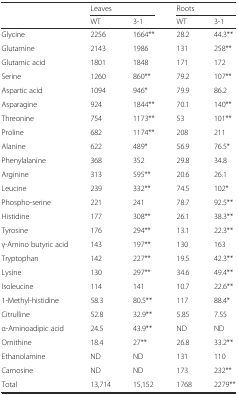
|  | <COLSPAN=2> Leaves | <COLSPAN=2> Roots |
 |  | WT | 3-1 | WT | 3-1 |
 | --- | --- | --- | --- | --- |
 | Glycine | 2256 | 1664** | 28.2 | 44.3** |
 | Glutamine | 2143 | 1986 | 131 | 258** |
 | Glutamic acid | 1801 | 1848 | 171 | 172 |
 | Serine | 1260 | 860** | 79.2 | 107** |
 | Aspartic acid | 1094 | 946* | 79.9 | 86.2 |
 | Asparagine | 924 | 1844** | 70.1 | 140** |
 | Threonine | 754 | 1173** | 53 | 101** |
 | Proline | 682 | 1174** | 208 | 211 |
 | Alanine | 622 | 489* | 56.9 | 76.5* |
 | Phenylalanine | 368 | 352 | 29.8 | 34.8 |
 | Arginine | 313 | 595** | 20.6 | 26.1 |
 | Leucine | 239 | 332** | 74.5 | 102* |
 | Phospho-serine | 221 | 241 | 78.7 | 92.5** |
 | Histidine | 177 | 308** | 26.1 | 38.3** |
 | Tyrosine | 176 | 294** | 13.1 | 22.3** |
 | γ-Amino butyric acid | 143 | 197** | 130 | 163 |
 | Tryptophan | 142 | 227** | 19.5 | 42.3** |
 | Lysine | 130 | 297** | 34.6 | 49.4** |
 | Isoleucine | 114 | 141 | 10.7 | 22.6** |
 | 1-Methyl-histidine | 58.3 | 80.5** | 117 | 88.4* |
 | Citrulline | 52.8 | 32.9** | 5.85 | 7.55 |
 | α-Aminoadipic acid | 24.5 | 43.9** | ND | ND |
 | Ornithine | 18.4 | 27** | 26.8 | 33.2** |
 | Ethanolamine | ND | ND | 131 | 110 |
 | Carnosine | ND | ND | 173 | 232** |
 | Total | 13,714 | 15,152 | 1768 | 2279** |